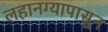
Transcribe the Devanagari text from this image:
लहानग्यापासून